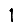
Digit: 1